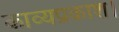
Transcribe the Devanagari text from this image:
काव्यप्रकाश।